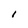
Character: l